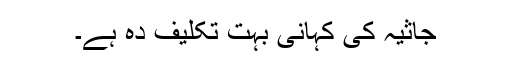
جاثیہ کی کہانی بہت تکلیف دہ ہے۔